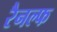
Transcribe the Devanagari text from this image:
रैनल्फ